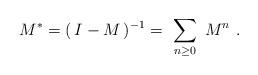
LaTeX: \begin{align*}M^* = (\, I - M \, )^{-1} = \ \sum_{n\geq 0} \ M^n \ .\end{align*}